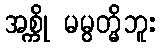
အစ္ကို မမွတ္မိဘူး